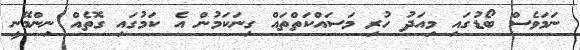
ނަމަވެސް ބޯޑުގައި މިއަދު ހުރި މަސައްކަތްތައް ގިނަކަމުން އެ ކަމުގައި ގޮތެއް ނިންމޭނީ